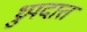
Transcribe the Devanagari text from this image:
ध्रुपदात